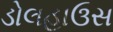
ડોલહાઉસ